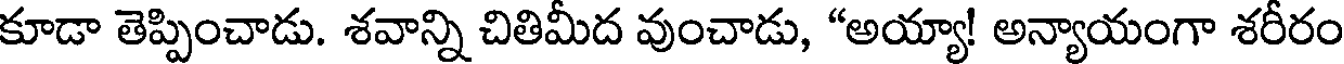
కూడా తెప్పించాడు. శవాన్ని చితిమీద వుంచాడు, "అయ్యా! అన్యాయంగా శరీరం